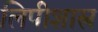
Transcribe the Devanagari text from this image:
लिपीशास्त्र